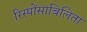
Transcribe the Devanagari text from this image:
रिस्पोंसाबिलिता